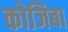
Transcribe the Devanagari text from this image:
कोजिबा